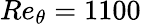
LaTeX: Re_{\theta}=1100